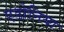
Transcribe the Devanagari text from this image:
एडोनिया